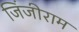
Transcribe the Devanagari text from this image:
जिंजीराम